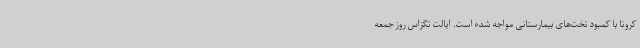
کرونا با کمبود تخت‌های بیمارستانی مواجه شده است. ایالت تگزاس روز جمعه